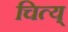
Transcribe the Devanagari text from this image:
चित्य्